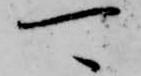
可